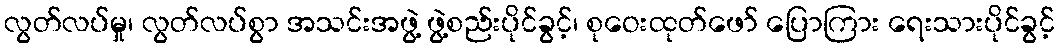
လွတ်လပ်မှု၊ လွတ်လပ်စွာ အသင်းအဖွဲ့ ဖွဲ့စည်းပိုင်ခွင့်၊ စုဝေးထုတ်ဖော် ပြောကြား ရေးသားပိုင်ခွင့်